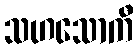
သဟသောကီ